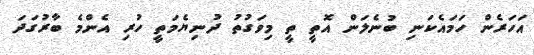
އަހަރެން ހަމައެކަނި ބުނެލަން އޮތީ ތީ މިވަގުތު ދުނިޔެމަތީ ހުރި އެންމެ ބާރުގަދަ